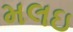
મલઇ